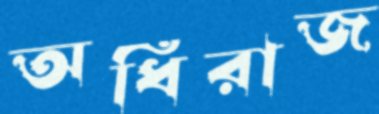
অধিরাজ